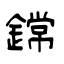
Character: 鏛